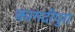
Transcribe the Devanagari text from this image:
कागदीपुरा